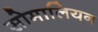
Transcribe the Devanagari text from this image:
सोमालियन